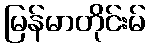
မြန်မာတိုင်းမ်